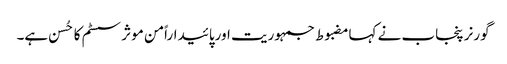
گورنر پنجاب نے کہامضبوط جمہوریت اورپائیداراًمن موثر سسٹم کا حُسن ہے۔